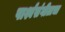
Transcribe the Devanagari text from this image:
पार्श्वसंगीताचा